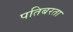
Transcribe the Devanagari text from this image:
पतिबरता